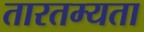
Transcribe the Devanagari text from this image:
तारतम्‍यता